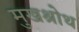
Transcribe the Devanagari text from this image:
मुखश्रोथ